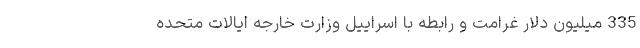
335 میلیون دلار غرامت و رابطه با اسراییل وزارت خارجه ایالات متحده